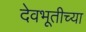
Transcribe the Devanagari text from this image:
देवभूतीच्या